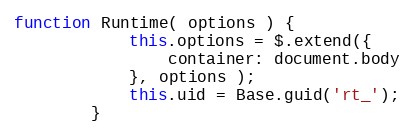
Language: JavaScript
function Runtime( options ) {
            this.options = $.extend({
                container: document.body
            }, options );
            this.uid = Base.guid('rt_');
        }